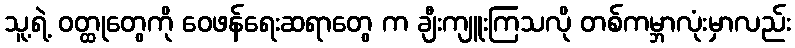
သူ့ရဲ့ ဝတ္ထုတွေကို ဝေဖန်ရေးဆရာတွေ က ချီးကျူးကြသလို တစ်ကမ္ဘာလုံးမှာလည်း